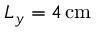
L _ { y } = 4 \, \mathrm { c m }